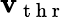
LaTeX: \mathbf{v}_{\mathrm{{~t~h~r~}}}